Vital statistics of India. Vol. IV, Annual returns from 1871 to 1876. British Army of India, Native Army and jails of Bengal
Year: 1871
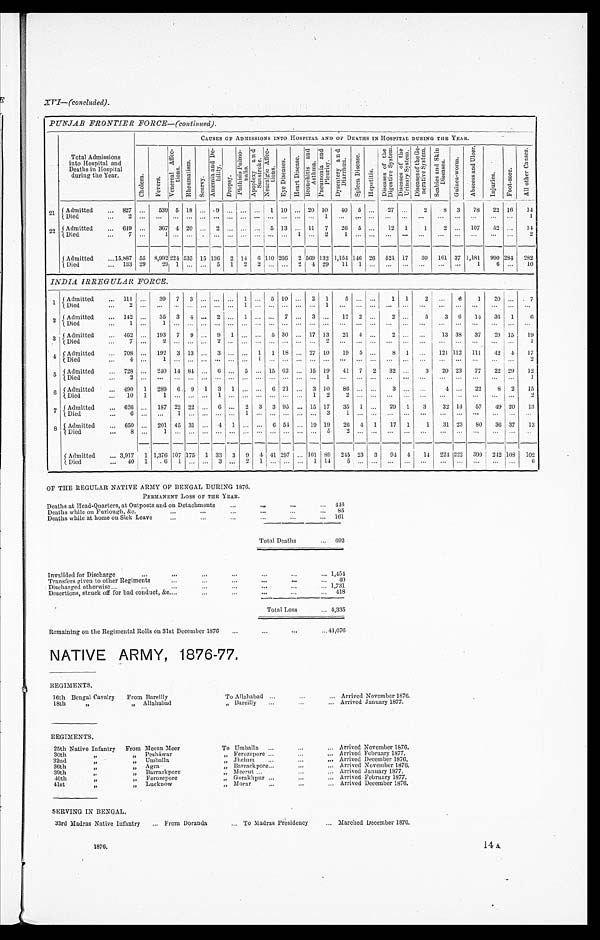
XVI.—(concluded).
PUNJAB FRONTIER FORCE—(continued).
Total Admissions
into Hospital and
Deaths in Hospital
during the Year.
C CAUSES OF ADMISSIONS INTO HOSPITAL AND OF DEATHS IN HOSPITAL DURING THE YEAR.
C h o l e r a .
F e v e r s .
V e n e r e a l A f f e c -
t i o n s .
R h e u m a t i s m .
S c u r v y .
A n æ m i a a n d D e -
b i l i t y .
D r o p s y .
P h t h i s i s P u l m o -
n a l i s .
A p o p l e x y a n d S u n s t r o k e .
N e u r a l g i c A f f e c -
t i o n s .
E y e D i s e a s e s . H e a r t D i s e a s e s .
B r o n c h i s t i s a n d A s t h m a .
P n e u m o n i a a n d P l e u r i s y .
D y s e n t e r y a n d D i a r r h œ a .
S p l e e n D i s e a s e .
H e p a t i t i s .
D i s e a s e s o f t h e D i g e s t i v e S y s t e m .
D i s e a s e o f t h e U r i n a r y S y s t e m . D i s e a s e o f t h e G e -
n e r a t i v e S y s t e m . S e a b i e s a n d S k i n
D i s e a s e s .
G u i n e a - w o r m .
A b s c e s s a n d U l c e r .
I n j u r i e s .
F o o t - S o r e A l l o t h e r C a u s e s .
2 1 Admitted
827
539 5 18
9
1 10
20 10 40 5
27
2 8 3 78 22 16 14
Died
2
.
1
1
22 Admitted
649
367 4 20
2
5 13
11 7 26 5
12 1 1 2
107 52
1 4
Died
7
1
1
2
1
2
Admitted
15,887 55 8,992
2 2 4
535 15 136 2 14 6 110 266 2 569 132 1,154 146 26 524 17 30 161 37 1,181 990 234 282
Died
133 29 29 1
5 1 2 2
2 4 29 11 1
1 6
10
INDIA IRREGULAR FORCE.
1 Admitted
111
39 7 3
1
5 10
2 1
5
1 1 2
6 1 20
7
Died
2
1
1
2 Admitted
142
35 3 4
2
1
7
3
12 2
2
5 3 6 14 36 1
6
Died
1
1
3 Admitted
462
193 7 9
9 1
5 30
17 13 21 4
2
13 38 37 29 15 19
Died
7
2
2
2
1
4 Admitted
708
192 3 13
3
1 1 18
27 10 19 5
8 1
121 112 111 42 4 17
Died
4
1
1
2
5 Admitted
728
240 14 84
6
5
15 62
15 19 41 7 2 32
3 20 23 77 22 29 12
Died 2
1
1
6 Admitted
490 1 289 6 9 1 3 1
6 21
3 10 86
3
4
22 8 2 15
Died
10 1 1
1
1 2 2
2
7 Admitted
626
187 22 22
6
2 3 3 95
15 17 35 1
29 1 3 32 14 57
4 9 20 13
Died
6
1
1
3
1
8 Admitted
650
201 45 31
4 1
6 54
19 19 26 4 1 17 1 1 31 23 80 36 37 13
Died
8
1
5
2
Admitted
3,917 1 1,376 107 175 1 33 3 9 4 41 297 101 89 245 23 3 94 4 14 224 222 399 242 108 102
Died
40
1
6 1
3
2 1
1 1 4
5
6
OF THE REGULAR NATIVE ARMY OF BENGAL DURING 1876.
P E R M A N E N T L O S S O F T H E Y E A R .
Deaths at Head-Quarters, at Outposts and on Detachments
4 4 6
Deaths while on Furlough, &c.
85
Deaths while at home on Sick Leave
161
Total Deaths
692
Invalided for Discharge
1,454
Transfers given to other Regiments
40
Discharged otherwise
1,731
Desertions, struck off for bad conduct, &c.
418
Total Loss
4,335
Remaining on the Regimental Rolls on 31st December 1876
44,676
NATIVE ARMY, 1876-77.
REGIMENTS.
16th Bengal Cavalry From Bareilly
To Allahabad
Arrived November 1876.
18th
„
„ Allahabad
„ Barcilly
Arrived January 1877.
REGIMENTS.
25th Native Infantry From Meean Meer
To Umballa
Arrived November 1876.
30th
„
„ Pesháwar
„ Ferozepore
Arrived February 1877.
32nd
„
„ Umballa
„ Jhelum
Arrived December 1876.
36th
„
„ Agra
„ Barrack pore
Arrived November 1876.
39th
„
„ Barrackpore
„ Meerut
Arrived January 1877.
40th
„
„ Ferozepore
„ Gorakhpur
Arrived February 1877.
41st
„
„ Lucknow
„ Morar
A r r i v e d D e c e m b e r 1 8 7 6 .
SERVING IN BENGAL.
33rd Madras Native Infantry
From Doranda
To Madras Presidency
M a r c h e d D e c e m b e r 1 8 7 6 .
1876.
14 A